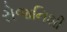
રોજનિશી